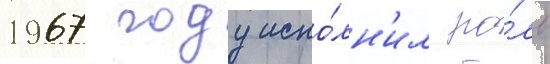
1967 году испо́лн'ил ро́ль